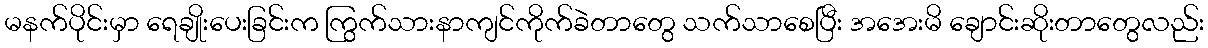
မနက်ပိုင်းမှာ ရေချိုးပေးခြင်းက ကြွက်သားနာကျင်ကိုက်ခဲတာတွေ သက်သာစေပြီး အအေးမိ ချောင်းဆိုးတာတွေလည်း